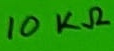
Text: 10KΩ